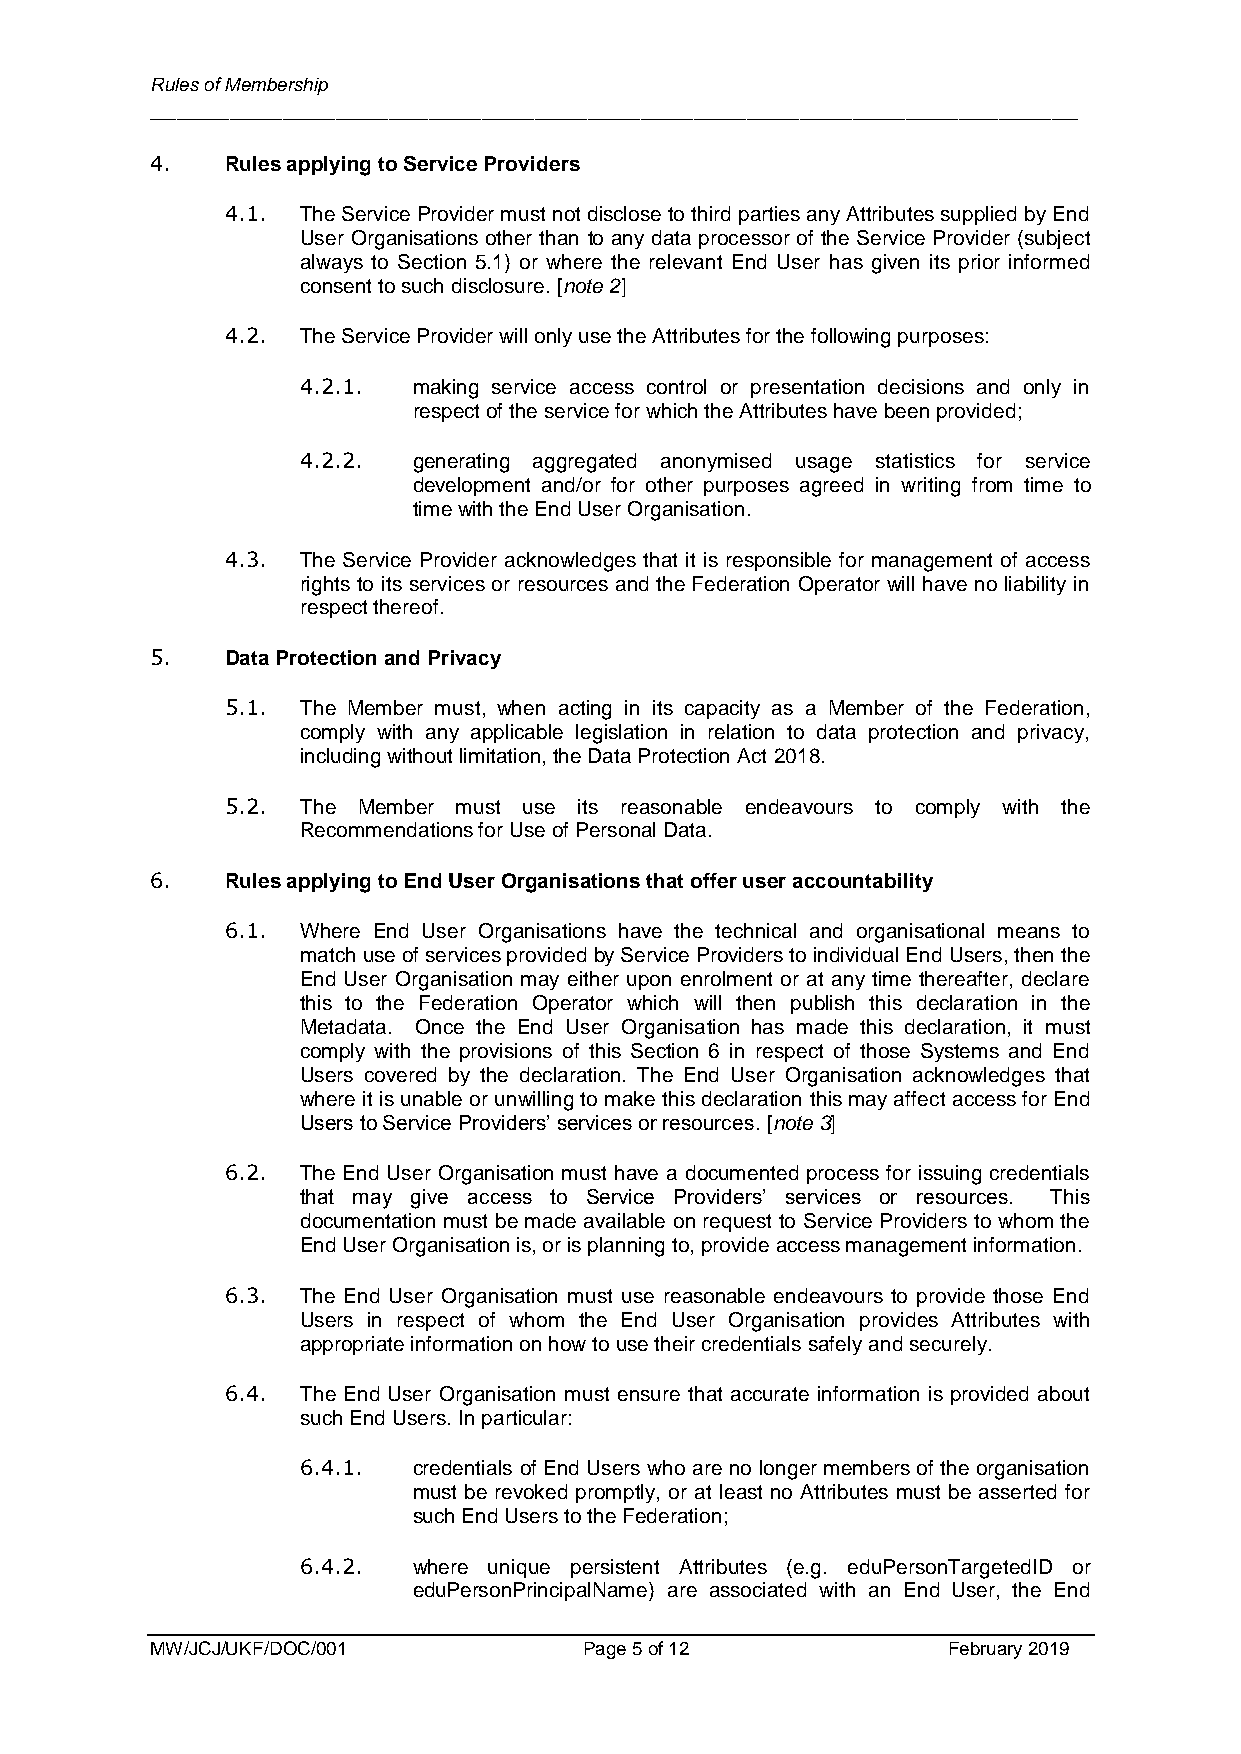
Rules of Membership
 ______________________________________________________________________
 4.   Rules applying to Service Providers
 4.1. The Service Provider must not disclose to third parties any Attributes supplied by End
 User Organisations other than to any data processor of the Service Provider (subject
 always to Section 5.1) or where the relevant End User has given its prior informed
 consent to such disclosure. [note 2]
 4.2. The Service Provider will only use the Attributes for the following purposes:
 4.2.1. making service access control or presentation decisions and only in
 respect of the service for which the Attributes have been provided;
 4.2.2. generating aggregated anonymised usage statistics for service
 development and/or for other purposes agreed in writing from time to
 time with the End User Organisation.
 4.3. The Service Provider acknowledges that it is responsible for management of access
 rights to its services or resources and the Federation Operator will have no liability in
 respect thereof.
 5.   Data Protection and Privacy
 5.1. The Member must, when acting in its capacity as a Member of the Federation,
 comply with any applicable legislation in relation to data protection and privacy,
 including without limitation, the Data Protection Act 2018.
 5.2. The Member must use its reasonable endeavours to comply with the
 Recommendations for Use of Personal Data.
 6.   Rules applying to End User Organisations that offer user accountability
 6.1. Where End User Organisations have the technical and organisational means to
 match use of services provided by Service Providers to individual End Users, then the
 End User Organisation may either upon enrolment or at any time thereafter, declare
 this to the Federation Operator which will then publish this declaration in the
 Metadata. Once the End User Organisation has made this declaration, it must
 comply with the provisions of this Section 6 in respect of those Systems and End
 Users covered by the declaration. The End User Organisation acknowledges that
 where it is unable or unwilling to make this declaration this may affect access for End
 Users to Service Providers’ services or resources. [note 3]
 6.2. The End User Organisation must have a documented process for issuing credentials
 that may give access to Service Providers’ services or resources. This
 documentation must be made available on request to Service Providers to whom the
 End User Organisation is, or is planning to, provide access management information.
 6.3. The End User Organisation must use reasonable endeavours to provide those End
 Users in respect of whom the End User Organisation provides Attributes with
 appropriate information on how to use their credentials safely and securely.
 6.4. The End User Organisation must ensure that accurate information is provided about
 such End Users. In particular:
 6.4.1. credentials of End Users who are no longer members of the organisation
 must be revoked promptly, or at least no Attributes must be asserted for
 such End Users to the Federation;
 6.4.2. where unique persistent Attributes (e.g. eduPersonTargetedID or
 eduPersonPrincipalName) are associated with an End User, the End
 MW/JCJ/UKF/DOC/001           Page 5 of 12            February 2019